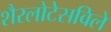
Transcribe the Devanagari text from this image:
शैरलोटेसविले